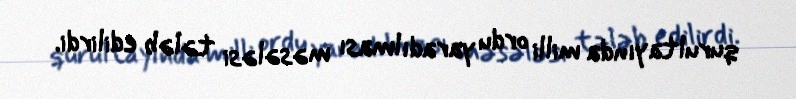
qurultayında milli ordu yaradılması məsələsi tələb edilirdi.